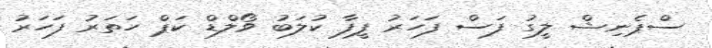
ސްޕެނިޝް ލީގު ފަސް ފަހަރު ފީފާ ކުލަބު ވޯލްޑް ކަޕް ހަތަރު ފަހަރު